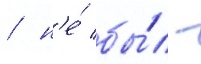
/ н'е́ бы́л -